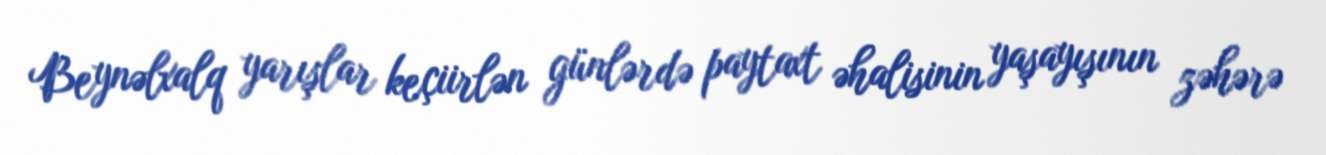
Beynəlxalq yarışlar keçiirlən günlərdə paytaxt əhalisinin yaşayışının zəhərə